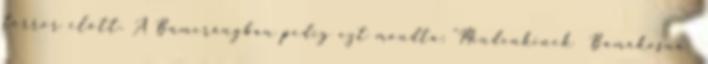
terror előtt. A Bumerángban pedig ezt mondta: "Mindenkinek Bamakosna